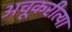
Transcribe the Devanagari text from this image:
अचूकरीत्या